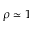
\rho \simeq 1